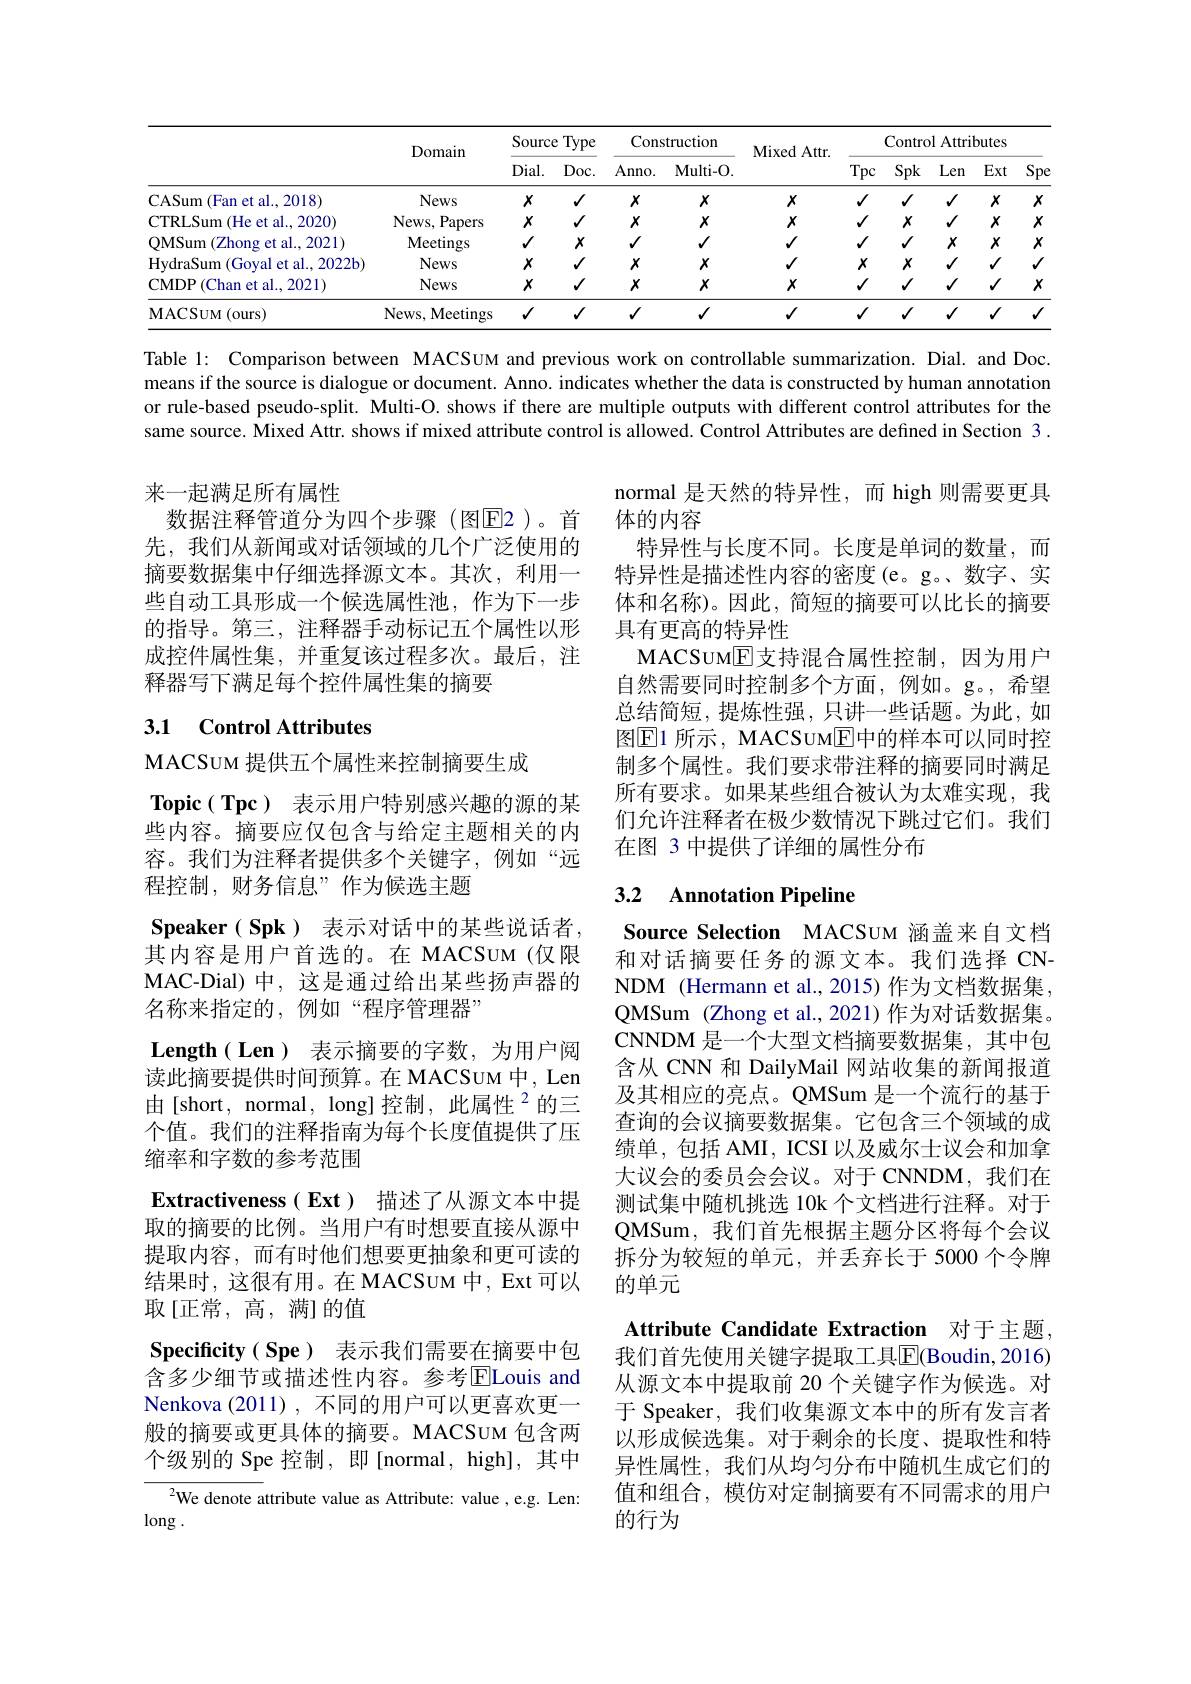
Table l: Comparison between MACSUM and previous work on controllable summarization. Dial. and Doc. means if the source is dialogue or document. Anno. indicates whether the data is constructed by human annotation or rule-based pseudo-split. Multi-O. shows if there are multiple outputs with different control attributes for the same source. Mixed Attr. shows if mixed attribute control is allowed. Control Attributes are defined in Section 3 .

来一起满足所有属性
数据注释管道分为四个步骤(图E2)。首

先，我们从新闻或对话领域的几个广泛使用的摘要数据集中仔细选择源文本。其次，利用一些自动工具形成一个候选属性池，作为下一步的指导。第三，注释器手动标记五个属性以形成控件属性集，并重复该过程多次。最后，注释器写下满足每个控件属性集的摘要

normal 是天然的特异性，而 high 则需要更具
体的内容
特异性与长度不同。长度是单词的数量，而特异性是描述性内容的密度(e。g。数字、实体和名称)。因此，简短的摘要可以比长的摘要具有更高的特异性
MACSUME支持混合属性控制，因为用户自然需要同时控制多个方面，例如。g。,希望总结简短，提炼性强，只讲一些话题。为此，如图$\overline{\mathrm{E}}$1 所示，MACSuм$\overline{\mathrm{E}}$中的样本可以同时控制多个属性。我们要求带注释的摘要同时满足所有要求。如果某些组合被认为太难实现，我们允许注释者在极少数情况下跳过它们。我们在图 3 中提供了详细的属性分布

# 3.1 Control Attributes

## 3.2 $\textbf{Annotation Pipeline}$

Source Selection MACSUM 涵盖来自文档和对话摘要任务的源文本。我们选择 CNNDM (Hermann et al.,2015)作为文档数据集， QMSum (Zhong et al., 2021)作为对话数据集。CNNDM 是一个大型文档摘要数据集，其中包含从 CNN 和 DailyMail 网站收集的新闻报道及其相应的亮点。QMSum 是一个流行的基于查询的会议摘要数据集。它包含三个领域的成绩单，包括 AMI, ICSI 以及威尔士议会和加拿大议会的委员会会议。对于 CNNDM,我们在测试集中随机挑选 10k 个文档进行注释。对于QMSum, 我们首先根据主题分区将每个会议拆分为较短的单元，并丢弃长于 5000 个令牌的单元

MACSUM 提供五个属性来控制摘要生成
$\mathbf{Topic(Tpc)}$表示用户特别感兴趣的源的某些内容。摘要应仅包含与给定主题相关的内容。我们为注释者提供多个关键字，例如“远程控制，财务信息”作为候选主题
Speaker( Spk) 表示对话中的某些说话者， 其内容是用户首选的。在 MACSUM(仅限MAC-Dial) 中，这是通过给出某些扬声器的名称来指定的，例如“程序管理器”
$\textbf{Length( Len) 表 示 摘 要 的 字 数 , 为 用 户 阅 }$ 读此摘要提供时间预算。在 MACSUM 中，Len 由[short, normal, long]控制，此属性$^2$的三个值。我们的注释指南为每个长度值提供了压缩率和字数的参考范围
Extractiveness( Ext) 描述了从源文本中提取的摘要的比例。当用户有时想要直接从源中提取内容，而有时他们想要更抽象和更可读的结果时，这很有用。在 MACSUM 中，Ext 可以取[正常，高，满]的值
Specificity( Spe) 表示我们需要在摘要中包含多少细节或描述性内容。参考$\operatorname{E}$Louis and Nenkova (2011),不同的用户可以更喜欢更一般的摘要或更具体的摘要。MACSUM 包含两个级别的 Spe 控制，即[normal, high], 其中$^{2}$We denote attribute value as Attribute: value, e.g. Len:
$\log.$

Attribute Candidate Extraction 对于主题， 我们首先使用关键字提取工具$\overline{\mathrm{E}}($Boudin,2016) 从源文本中提取前 20 个关键字作为候选。对于 Speaker, 我们收集源文本中的所有发言者以形成候选集。对于剩余的长度、提取性和特异性属性，我们从均匀分布中随机生成它们的值和组合，模仿对定制摘要有不同需求的用户的行为